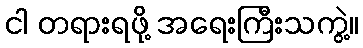
ငါ တရားရဖို့ အရေးကြီးသကွဲ့။